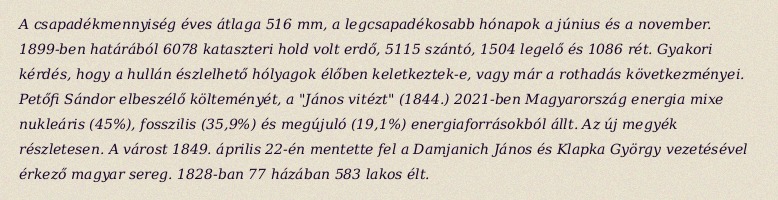
A csapadékmennyiség éves átlaga 516 mm, a legcsapadékosabb hónapok a június és a november. 1899-ben határából 6078 kataszteri hold volt erdő, 5115 szántó, 1504 legelő és 1086 rét. Gyakori kérdés, hogy a hullán észlelhető hólyagok élőben keletkeztek-e, vagy már a rothadás következményei. Petőfi Sándor elbeszélő költeményét, a "János vitézt" (1844.) 2021-ben Magyarország energia mixe nukleáris (45%), fosszilis (35,9%) és megújuló (19,1%) energiaforrásokból állt. Az új megyék részletesen. A várost 1849. április 22-én mentette fel a Damjanich János és Klapka György vezetésével érkező magyar sereg. 1828-ban 77 házában 583 lakos élt.